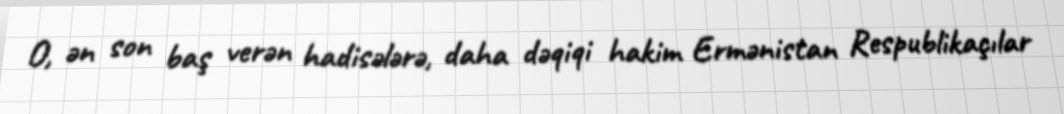
O, ən son baş verən hadisələrə, daha dəqiqi hakim Ermənistan Respublikaçılar